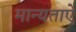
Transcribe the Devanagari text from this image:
मान्यताऐ